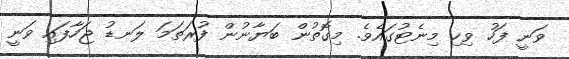
ވަނީ ފަހު ވިހި މިނެޓުގައެވެ. މިގޮތުން ބަޔާނުން ފުރަތަމަ ލަނޑު ޖަހާފައި ވަނީ